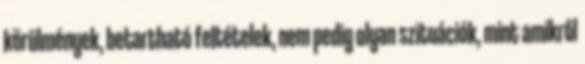
körülmények, betartható feltételek, nem pedig olyan szituációk, mint amikről